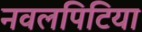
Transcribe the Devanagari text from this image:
नवलपिटिया